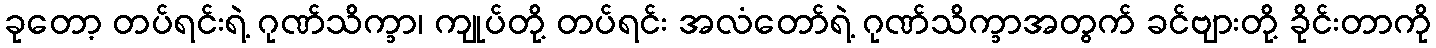
ခုတော့ တပ်ရင်းရဲ့ ဂုဏ်သိက္ခာ၊ ကျုပ်တို့ တပ်ရင်း အလံတော်ရဲ့ ဂုဏ်သိက္ခာအတွက် ခင်ဗျားတို့ ခိုင်းတာကို